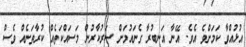
އުޅުއްވާ ކަމަށްވެ އެވެ. އޭނާ އަނބުރާ ގެނައުމަށް ސަރުކާރުން މަސައްކަތެއް ކުރާތަނެއް ވެސް